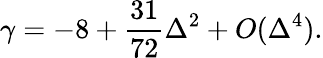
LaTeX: \gamma=-8+\frac{31}{72}\Delta^{2}+O(\Delta^{4}).